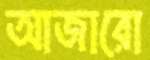
আজারো